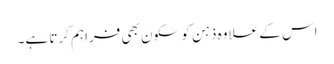
اس کے علاوہ ذہن کو سکون بھی فراہم کرتا ہے۔